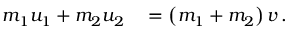
\begin{array} { r l } { m _ { 1 } u _ { 1 } + m _ { 2 } u _ { 2 } } & { { } = \left( m _ { 1 } + m _ { 2 } \right) v \, . } \end{array}